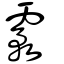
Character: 霚